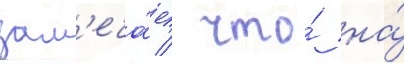
зам'еча́ет / что́ на́